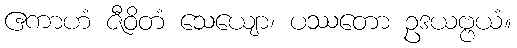
ဧကာဟံ ဇီဝိတံ သေယျော၊ ပဿတော ဥဒယဗ္ဗယံ။